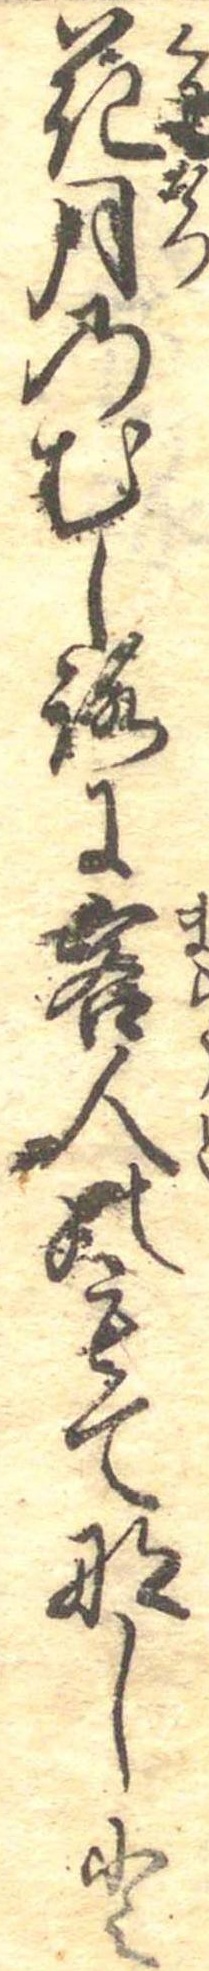
花月のむしろに客人のもてなしと